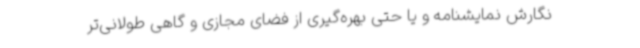
نگارش نمایشنامه و یا حتی بهره‌گیری از فضای مجازی و گاهی طولانی‌تر